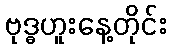
ဗုဒ္ဓဟူးနေ့တိုင်း